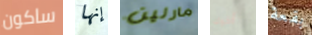
ساكون إنها مارلين أخوك بقعة